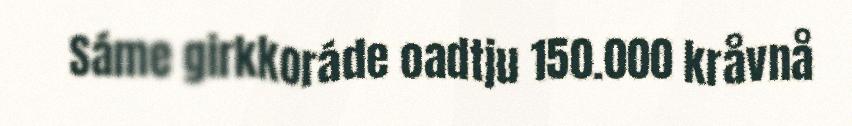
Sáme girkkoráde oadtju 150.000 kråvnå